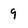
Character: 9